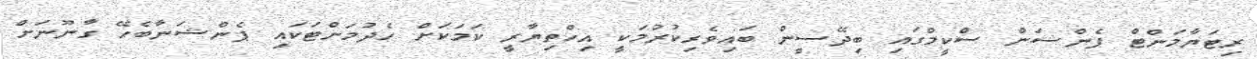
ރިޓަޔާމަންޓް ޕެންޝަން ސްކީމްގައި ބިދޭސީން ބައިވެރިކުރުމަކީ އިހްތިޔާރީ ކަމަކަށް ހެދުމަށްޓަކައި ޕެންޝަނާބެހޭ ގާނޫނަށް